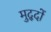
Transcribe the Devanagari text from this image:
मुद्‍दों